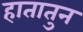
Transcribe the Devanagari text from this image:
हातातुन